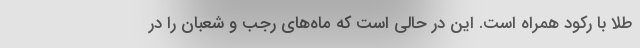
طلا با رکود همراه است. این در حالی است که ماه‌های رجب و شعبان را در